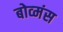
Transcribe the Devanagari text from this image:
बोव्मंस